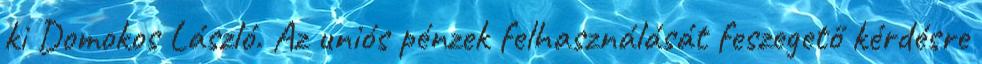
ki Domokos László. Az uniós pénzek felhasználását feszegető kérdésre